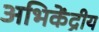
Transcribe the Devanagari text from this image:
अभिकेंद्रीय